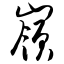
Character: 岭